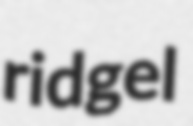
ridgel